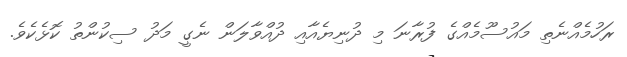
ރަހުމެއްނެތި މައުސޫމެއްގެ ފުރާނަ މި ދުނިޔެއާއި ދުއްވާލަން ނެގީ މަދު ސިކުންތު ކޮޅެކެވެ.